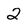
Character: 2